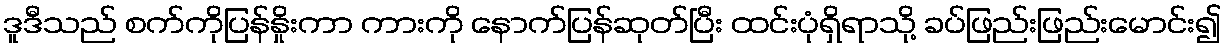
ဒူဒီသည် စက်ကိုပြန်နှိုးကာ ကားကို နောက်ပြန်ဆုတ်ပြီး ထင်းပုံရှိရာသို့ ခပ်ဖြည်းဖြည်းမောင်း၍